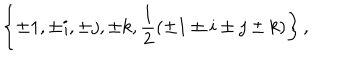
LaTeX: \left\{ \pm 1 , \pm i , \pm j , \pm k , \frac { 1 } { 2 } ( \pm 1 \pm i \pm j \pm k ) \right\} ,